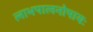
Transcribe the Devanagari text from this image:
लाभपालनोपायः